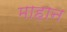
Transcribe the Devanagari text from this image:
माहान